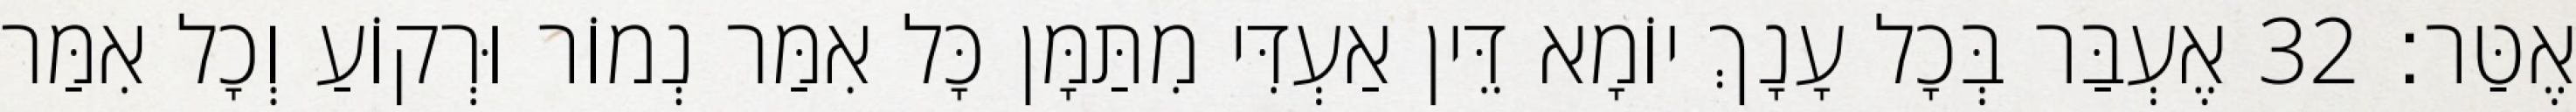
אֶטַּר׃ 32 אֶעְבַּר בְּכָל עָנָךְ יוֹמָא דֵּין אַעְדִּי מִתַּמָּן כָּל אִמַּר נְמוֹר וּרְקוֹעַ וְכָל אִמַּר